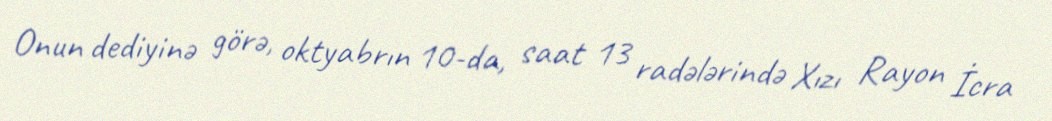
Onun dediyinə görə, oktyabrın 10-da, saat 13 radələrində Xızı Rayon İcra